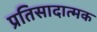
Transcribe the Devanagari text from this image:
प्रतिसादात्मक